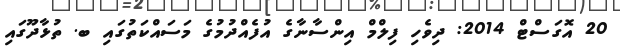
20 އޮގަސްޓް 2014: ދިވެހި ފިލްމް އިންސާނާގެ އުފެއްދުމުގެ މަސައްކަތުގައި ބ. ތުޅާދޫގައި